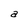
Character: a